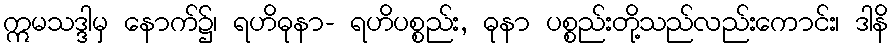
ဣမသဒ္ဒါမှ နောက်၌၊ ရဟိဓုနာ- ရဟိပစ္စည်း, ဓုနာ ပစ္စည်းတို့သည်လည်းကောင်း၊ ဒါနိ